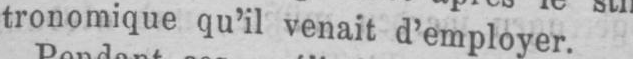
tronomique qu’il venait d’employer.